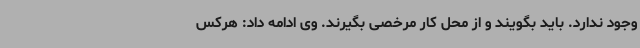
وجود ندارد. باید بگویند و از محل کار مرخصی بگیرند. وی ادامه داد: هرکس